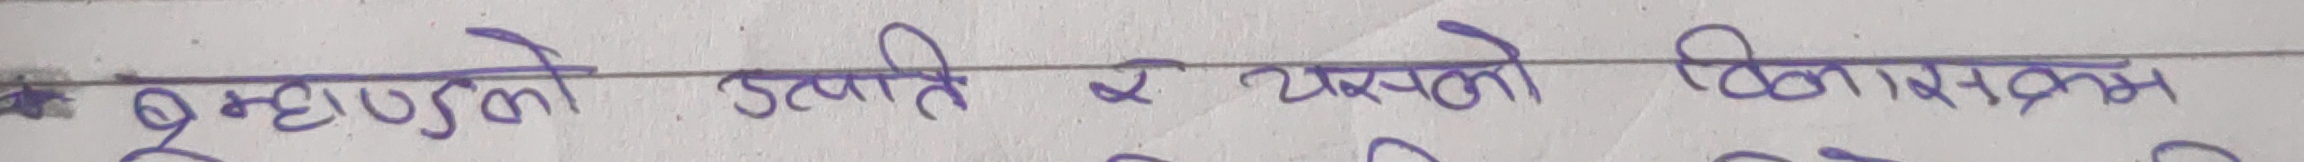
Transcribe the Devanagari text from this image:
ब्रह्माण्डको उत्पत्ति र यसको विकासक्रम